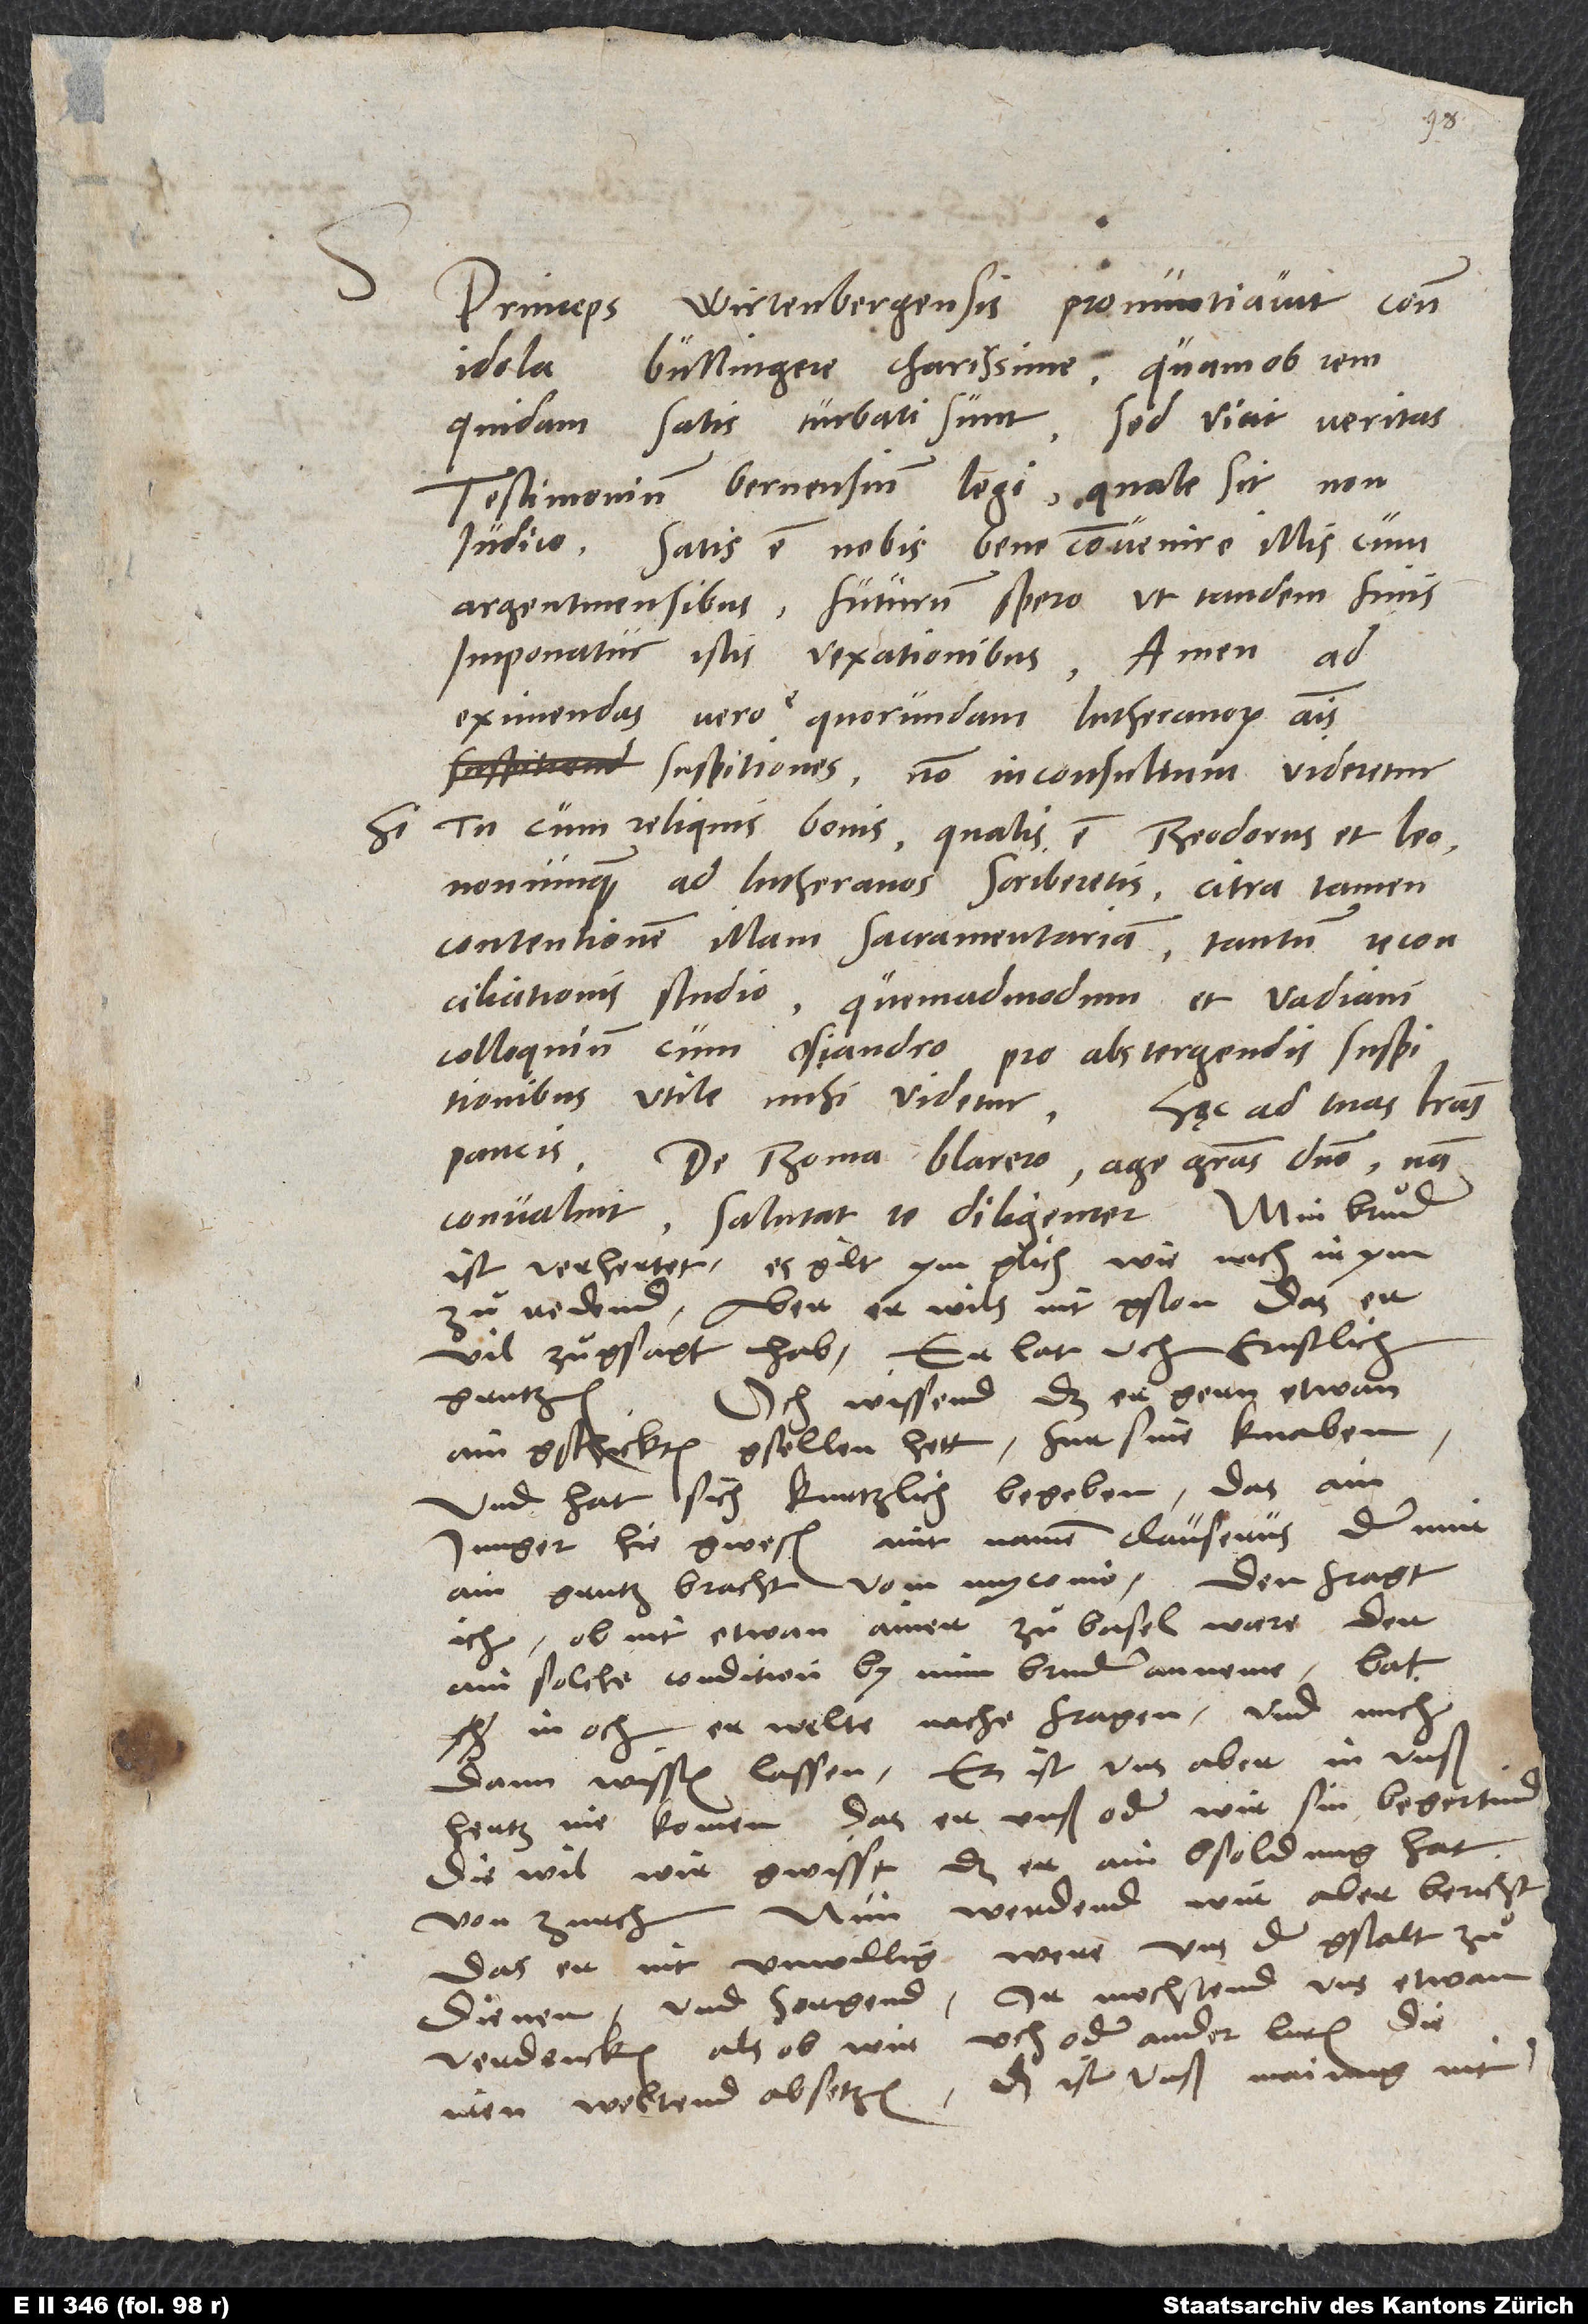
15.
Wirtenbergensis pronuntiavit contra
Princeps
Bullingere charissime, quamobrem
idola,
satis turbati sunt; sed vicit veritas.
quidam
Testimonium Bernensium legi; quale sit, non
iudico.
Satis est nobis, bene convenire illis cum
Argentinensibus; futurum spero, ut tandem finis
imponatur istis vexationibus. Amen. Ad
eximendas vero e quorundam Lutheranorum animis
suspitiones non inconsultum videretur,
si tu cum reliquis bonis, qualis est Theodorus et Leo,
nonnunquam ad Lutheranos scriberetis, citra tamen
contentionem illam sacramentariam, tantum reconciliationis
colloquium cum Osiandro pro abstergendis suspitionibus
utile mihi videtur. Haec ad tuas literas
De Thoma Blarero age gratias domino; nam
convaluit.
Salutat te diligenter. Min bruͦder
ist verhertet; es gilt ym glich, wie nach ir ym
zuͦ redend aber er wils nit, gston, das er
vil zuͦgsagt hab. Er lat uch ernstlich
Och wissend, das er gern etwan
grutzen.
ain gschickten gsellen hett fur sine knaben.
Und hat sich kurtzlich begeben, das ain
junger hie gwesen, mit namen Clauserus, der mir
ain grutz bracht vom Myconio. Den fragt
ich, ob nit etwan ainer zuͦ Basel waere, der
ain solche condition by min bruder anneme; bat
in och, er welte nache fragen und mich
dann wissen lassen. Es ist uns aber in unser
hertz nie komen, das er unser oder wir sin begertind,
die wil wir gwisst, das er ain bsoldung hat
von Zurch. Nun werdend wir aber bericht,
das er nit unwillig were, uns der gstalt zuͦ
dienen, und sorgend, ir mochtend uns etwan
verdencken, als ob wir uch oder ander luten die
iren weltend absetzen. Das ist unser mainung nit;